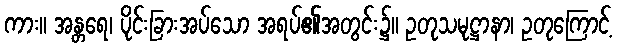
ကား။ အန္တရေ၊ ပိုင်းခြားအပ်သော အရပ်၏အတွင်း၌။ ဥတုသမုဋ္ဌာနာ၊ ဥတုကြောင့်